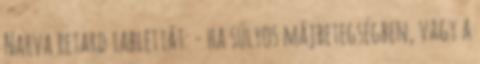
Narva retard tablettát: - ha súlyos májbetegségben, vagy a